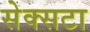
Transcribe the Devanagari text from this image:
सेक्सटा